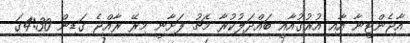
އާޖެންޓީނާ އާއި އުރުގުއާއީ ބައްދަލުކުރާ މެޗު ފަށާނީ މިރޭ ރާއްޖެ ގަޑިން 4:30ގަ